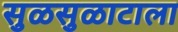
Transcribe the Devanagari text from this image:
सुळसुळाटाला